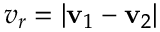
v _ { r } = | \mathbf { v } _ { 1 } - \mathbf { v } _ { 2 } |